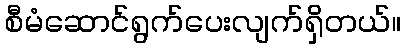
စီမံဆောင်ရွက်ပေးလျက်ရှိတယ်။